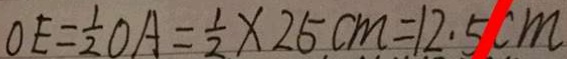
O E = \frac { 1 } { 2 } O A = \frac { 1 } { 2 } \times 2 5 c m = 1 2 . 5 c m